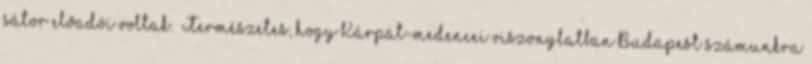
sátor előadói voltak. „Természetes, hogy Kárpát-medencei viszonylatban Budapest számunkra